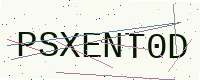
Text: PSXENT0D